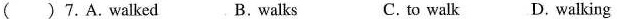
( ) 7.A.walked B.walks C.to walk D.walking